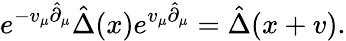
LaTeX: e^{-v_{\mu}\hat{\partial}_{\mu}}\hat{\Delta}(x)e^{v_{\mu}\hat{\partial}_{\mu}}=\hat{\Delta}(x+v).